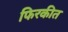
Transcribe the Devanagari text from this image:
फिरकीत